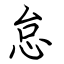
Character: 怠